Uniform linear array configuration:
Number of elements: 32
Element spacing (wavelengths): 0.75
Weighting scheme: blackman
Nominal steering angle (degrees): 30
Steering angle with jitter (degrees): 29.451
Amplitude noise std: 0.05
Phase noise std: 0.05

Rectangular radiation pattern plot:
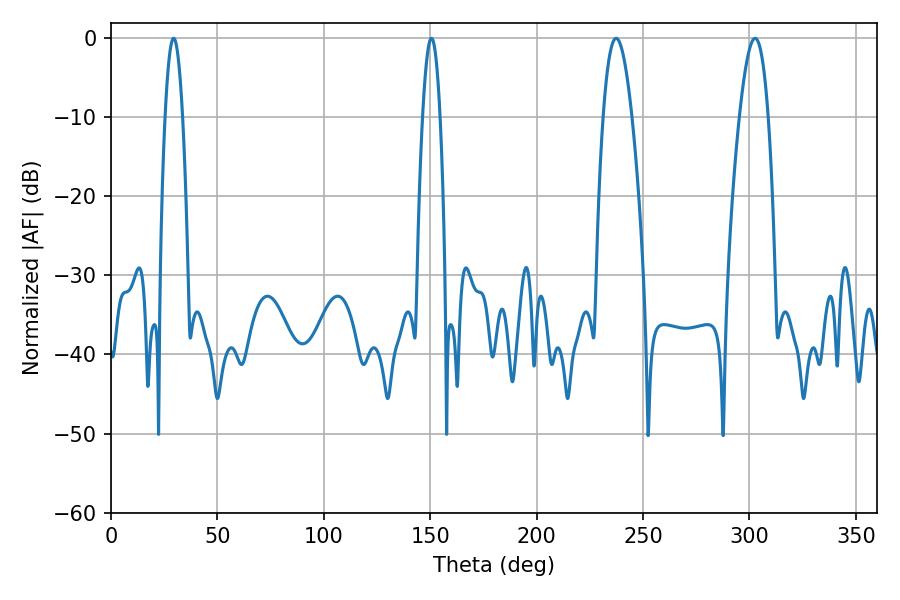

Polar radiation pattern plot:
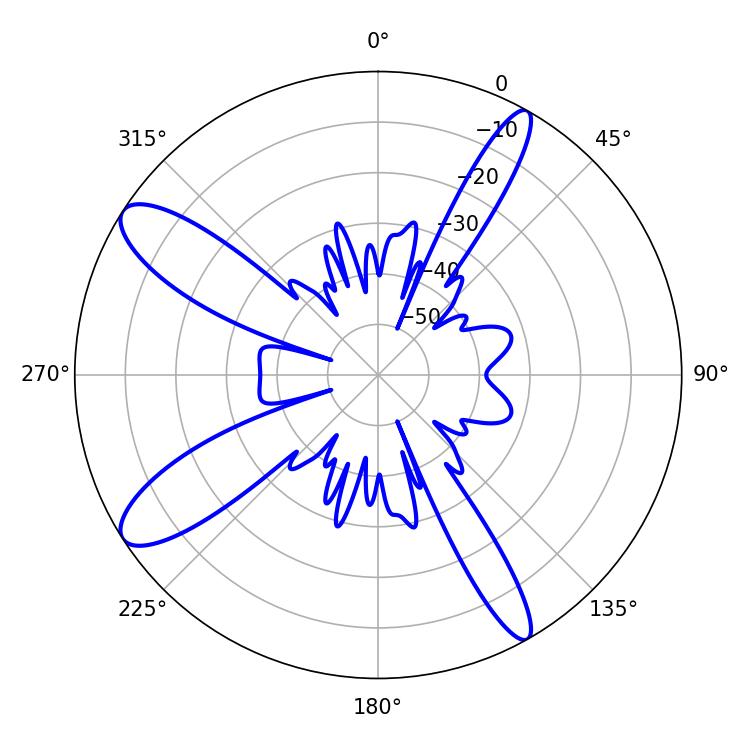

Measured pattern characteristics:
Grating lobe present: TRUE
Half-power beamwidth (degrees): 7.38
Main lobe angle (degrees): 237.42